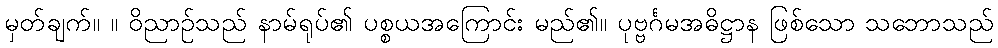
မှတ်ချက်။ ။ ဝိညာဉ်သည် နာမ်ရုပ်၏ ပစ္စယအကြောင်း မည်၏။ ပုဗ္ဗင်္ဂမအဓိဋ္ဌာန ဖြစ်သော သဘောသည်